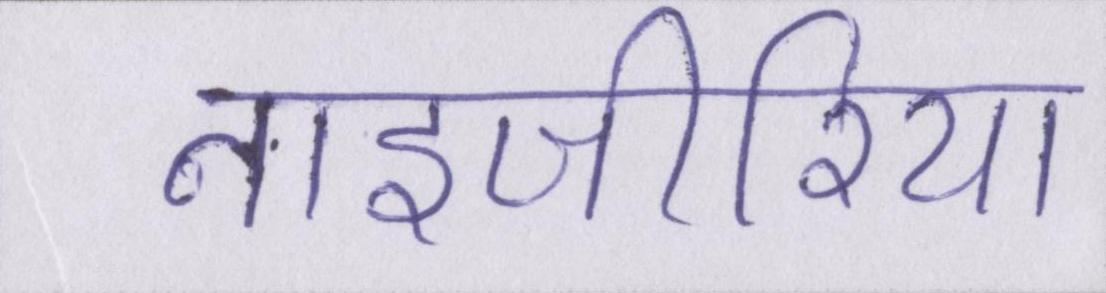
नाइजीरिया